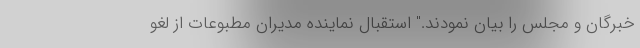
خبرگان و مجلس را بیان نمودند." استقبال نماینده مدیران مطبوعات از لغو